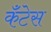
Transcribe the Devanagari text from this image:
कॅंटेस